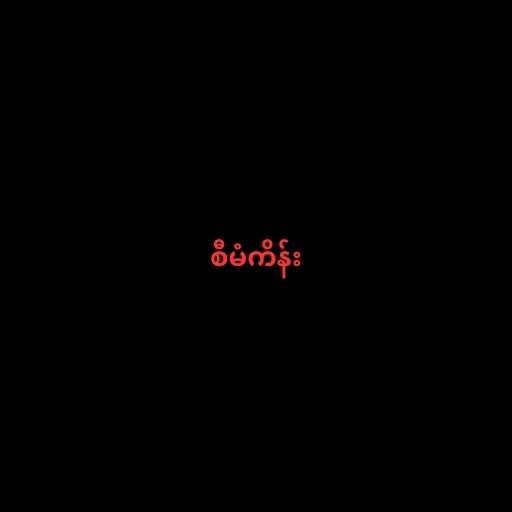
စီမံကိန်း